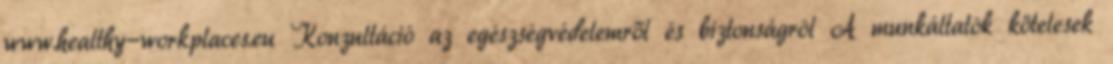
www.healthy-workplaces.eu Konzultáció az egészségvédelemről és biztonságról A munkáltatók kötelesek